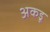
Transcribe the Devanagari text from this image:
अकडू